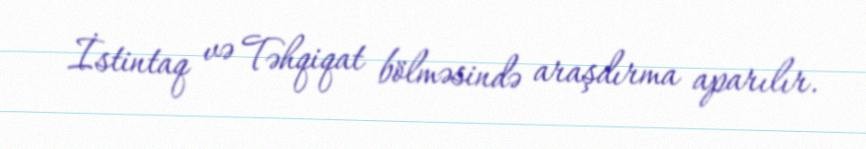
İstintaq və Təhqiqat bölməsində araşdırma aparılır.